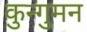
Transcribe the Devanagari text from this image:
कुन्गुमन